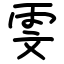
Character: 雯